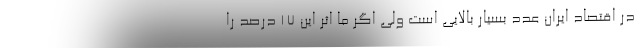
در اقتصاد ایران عدد بسیار بالایی است ولی اگر ما اثر این ۱۷ درصد را